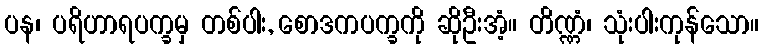
ပန၊ ပရိဟာရပက္ခမှ တစ်ပါး, စောဒကပက္ခကို ဆိုဦးအံ့။ တိဏ္ဏံ၊ သုံးပါးကုန်သော။